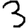
Digit: 3